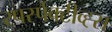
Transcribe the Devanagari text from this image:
रपर्स्पेक्टीव्ह्स